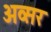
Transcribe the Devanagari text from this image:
अव्सर